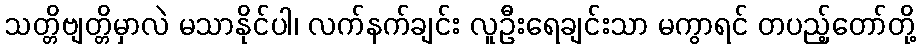
သတ္တိဗျတ္တိမှာလဲ မသာနိုင်ပါ၊ လက်နက်ချင်း လူဦးရေချင်းသာ မကွာရင် တပည့်တော်တို့